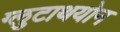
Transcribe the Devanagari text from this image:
ग्लुटाथयोन